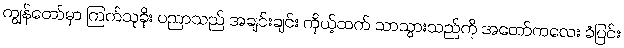
ကျွန်တော်မှာ ကြက်သူခိုး ပညာသည် အချင်းချင်း ကိုယ့်ထက် သာသွားသည်ကို အတော်ကလေး ခံပြင်း